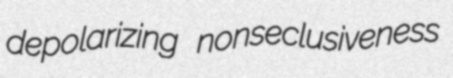
depolarizing nonseclusiveness